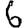
Digit: 6